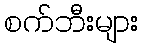
စက်ဘီးများ